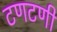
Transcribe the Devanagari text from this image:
टणटणी